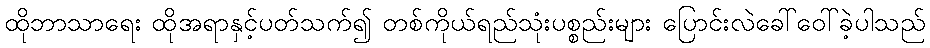
ထိုဘာသာရေး ထိုအရာနှင့်ပတ်သက်၍ တစ်ကိုယ်ရည်သုံးပစ္စည်းများ ပြောင်းလဲခေါ်ဝေါ်ခဲ့ပါသည်